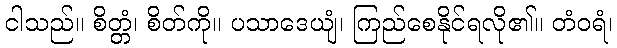
ငါသည်။ စိတ္တံ၊ စိတ်ကို။ ပသာဒေယျံ၊ ကြည်စေနိုင်ရလို၏။ တံဝရံ၊